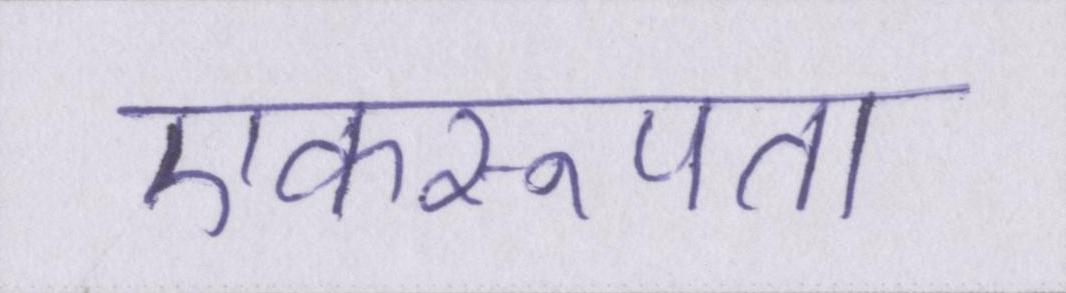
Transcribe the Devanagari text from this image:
एकरूपता